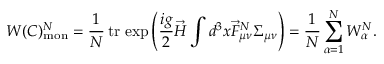
W ( C ) _ { \mathrm { m o n } } ^ { \cal N } = \frac { 1 } { N } { \, } \mathrm { t r } { \, } \exp \left( \frac { i g } { 2 } \vec { H } \int d ^ { 3 } x \vec { F } _ { \mu \nu } ^ { \cal N } \Sigma _ { \mu \nu } \right) = \frac { 1 } { N } \sum _ { \alpha = 1 } ^ { N } W _ { \alpha } ^ { \cal N } .